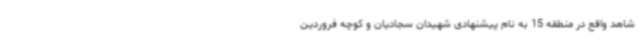
شاهد واقع در منطقه 15 به نام پیشنهادی شهیدان سجادیان و کوچه فروردین